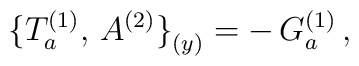
\bigl\{T_a^{(1)},\,A^{(2)}\bigr\}_{(y)}=-\,G_a^{(1)}\,,